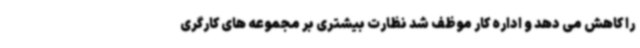
را کاهش می دهد و اداره کار موظف شد نظارت بیشتری بر مجموعه های کارگری